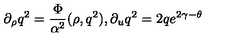
\partial _ { \rho } q ^ { 2 } = { \frac { \Phi } { \alpha ^ { 2 } } } ( \rho , q ^ { 2 } ) , \partial _ { u } q ^ { 2 } = 2 q e ^ { 2 \gamma - \theta }